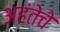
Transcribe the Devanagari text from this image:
अहंतेचे